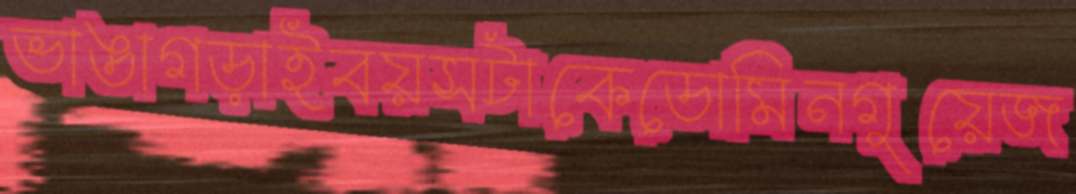
ভাঙাগড়াইবয়সটাকেডোমিনগুয়েজ